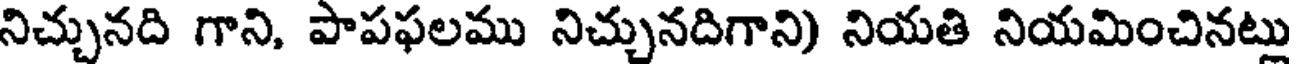
నిచ్చునది గాని, పాపఫలము నిచ్చునదిగాని) నియతి నియమించినట్లు